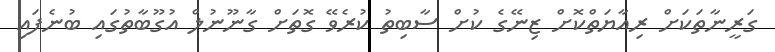
ގަރީނާތަކަށް ރިއާޔަތްކޮށް ޒިނޭގެ ކުށް ސާބިތު ކުރެވޭ ގޮތަށް ގާނޫނުލް އުގޫބާތުގައި ބުނެފައި